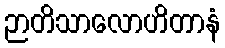
ဉာတိသာလောဟိတာနံ